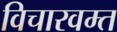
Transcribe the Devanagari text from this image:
विचारवम्त